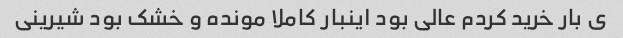
ی بار خرید کردم عالی بود اینبار کاملا مونده و خشک بود شیرینی